Assam Mental Hospital (Tezpur, India) - 1933-1948
Year: 1933
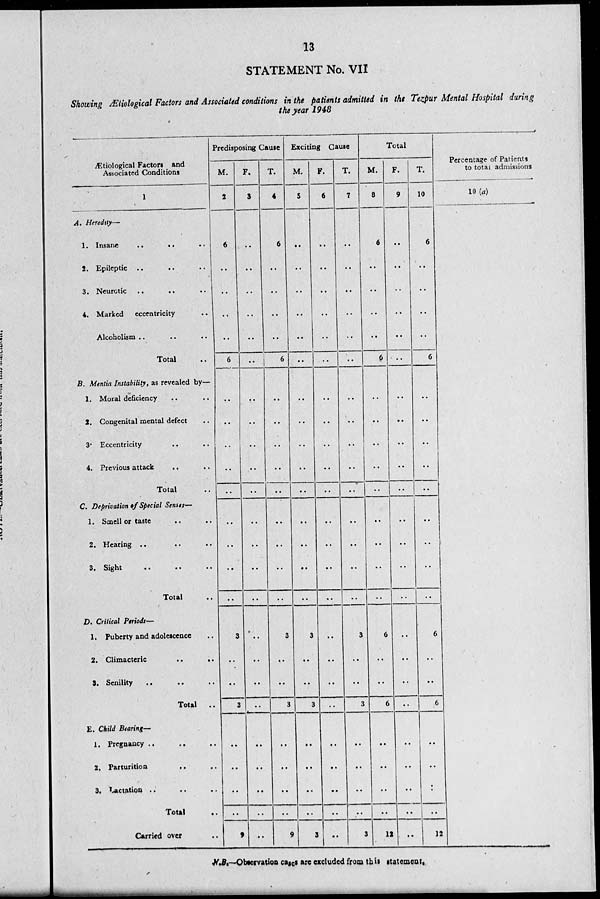
13
STATEMENT No. VII
Showing Ætiological Factors and Associated conditions in the patients admitted in the Tezpur Mental Hospital during
the year 1948
Ætiological Factors and
Associated Conditions
1
A. Heredity—
1. Insane
.. .. ..
2. Epileptic .. .. ..
3. Neurotic ..
.. ..
4. Marked eccentricity ..
Alcoholism .. .. ..
Total ..
B. Mentia Instability, as revealed by—
1. Moral deficiency .. ..
2. Congenital mental defect ..
3. Eccentricity .. ..
4. Previous attack
.. ..
Total ..
C. Deprivation of Special Senes—
1. Smell or taste .. ..
2. Hearing .. .. ..
3. Sight .. .. ..
Total ..
D. Critical Periods—
1. Puberty and adolescence ..
2. Climacteric
..
..
3. Senility .. .. ..
Total
..
E. Child Bearing—
1. Pregnancy .. .. ..
2. Parturition .. ..
3. Lactation .. .. ..
Total ..
Carried over ..
Predisposing Cause
M.
2
6
..
..
..
6
..
..
..
..
..
..
..
..
..
3
..
..
3
..
..
..
..
9
F.
3
..
..
..
..
..
..
..
..
..
..
..
..
..
..
..
..
..
..
..
..
..
..
..
T.
4
6
..
..
..
6
..
..
..
..
..
..
..
..
..
3
..
..
3
..
..
..
..
9
Exciting Cause
M.
5
..
..
..
..
..
..
..
..
..
..
..
..
..
..
3
..
..
3
..
..
..
..
3
F.
6
..
..
..
..
..
..
..
..
..
..
..
..
..
..
..
..
..
..
..
..
..
..
..
T.
7
..
..
..
..
..
..
..
..
..
..
..
..
..
..
3
..
..
3
..
..
..
..
3
Total
M.
8
6
..
..
..
6
..
..
..
..
..
..
..
..
..
6
..
..
6
..
..
..
..
12
F.
9
..
..
..
..
..
..
..
..
..
..
..
..
..
..
..
..
..
..
..
..
..
..
..
T.
10
6
..
..
..
6
..
..
..
..
..
..
..
..
..
6
..
..
6
..
..
..
..
12
Percentage of Patients
to total admissions
10(a)
N.B.—Observation cases are excluded from this statement.